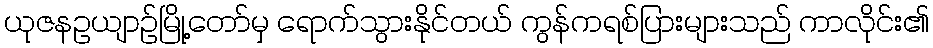
ယုဇနဥယျာဉ်မြို့တော်မှ ရောက်သွားနိုင်တယ် ကွန်ကရစ်ပြားများသည် ကာလိုင်း၏